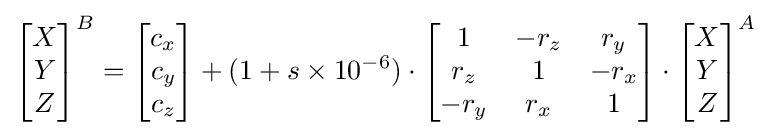
{\begin{bmatrix}X\\Y\\Z\end{bmatrix}}^{B}={\begin{bmatrix}c_{x}\\c_{y}\\c_{z}\end{bmatrix}}+(1+s\times 10^{-6})\cdot {\begin{bmatrix}1&-r_{z}&r_{y}\\r_{z}&1&-r_{x}\\-r_{y}&r_{x}&1\end{bmatrix}}\cdot {\begin{bmatrix}X\\Y\\Z\end{bmatrix}}^{A}